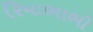
રિયાભાભી